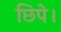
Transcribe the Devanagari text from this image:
छिपे।